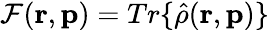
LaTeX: {\cal F}({\mathbf r},{\mathbf p})=Tr\{ {\hat{\rho}}({\mathbf r},{\mathbf p})\}